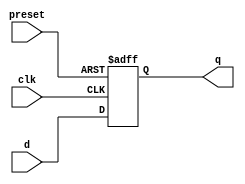
module async_preset_d_ff (
    input wire clk,
    input wire preset,
    input wire d,
    output reg q
);

always @(posedge clk or posedge preset) begin
    if (preset) begin
        q <= 1'b0; // Reset to opposite of desired output value
    end else begin
        q <= d;
    end
end

endmodule